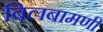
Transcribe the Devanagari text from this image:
बिलबामणी